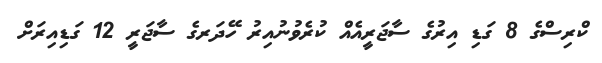
ކްރިސްގެ 8 ގަޑި އިރުގެ ސާޖަރީއެއް ކުރެވުނުއިރު ހޭދަރގެ ސާޖަރީ 12 ގަޑިއިރަށް